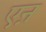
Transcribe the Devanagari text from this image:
एऩ